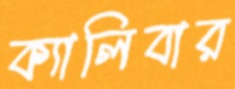
ক্যালিবার